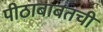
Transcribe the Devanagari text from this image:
पीठाबाबतची